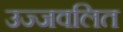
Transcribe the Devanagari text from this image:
उज्जवलित